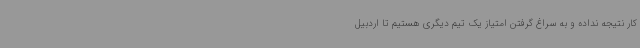
کار نتیجه نداده و به سراغ گرفتن امتیاز یک تیم دیگری هستیم تا اردبیل